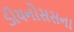
ડીયનોસસના